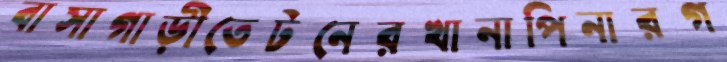
বাসাগাড়ীতেটনেরখানাপিনারগ